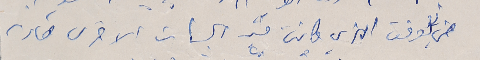
في الوقت الذي كانت فيه الجهات الاخرى صامتت